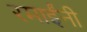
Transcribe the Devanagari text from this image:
रमाईंनी